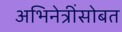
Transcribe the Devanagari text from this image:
अभिनेत्रींसोबत